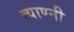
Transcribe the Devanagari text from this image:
त्याण्नी